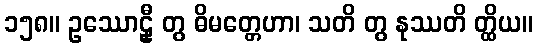
၁၅၈။ ဥဿောဠှီ တွ ဓိမတ္တေဟာ၊ သတိ တွ နုဿတိ တ္ထိယ။